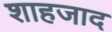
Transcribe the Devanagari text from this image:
शाहजाद